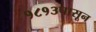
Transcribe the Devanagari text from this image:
१८१३पासून